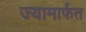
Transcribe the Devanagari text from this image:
ज्यामार्फत